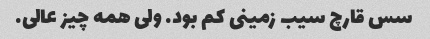
سس قارچ سیب زمینی کم بود. ولی همه چیز عالی.